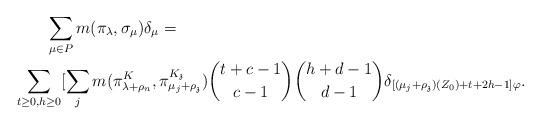
LaTeX: \begin{align*}\begin{aligned}&\qquad\sum_{\mu \in P} m(\pi_\lambda, \sigma_\mu) \delta_{\mu} = \\ &\sum_{ t\geq 0, h \geq 0} [ \sum_{j} m(\pi_{\lambda +\rho_n}^K, \pi_{\mu_j +\rho_\mathfrak z}^{K_\mathfrak z})\binom{t+c-1}{c-1} \binom{h+d-1}{d-1} \delta_{[(\mu_j +\rho_\mathfrak z)(Z_0)+ t+ 2h-1] \varphi }. \end{aligned}\end{align*}